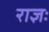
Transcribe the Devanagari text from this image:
राज्ञः